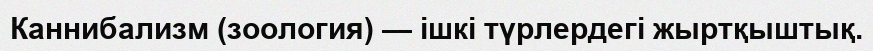
Каннибализм (зоология) — ішкі түрлердегі жыртқыштық.